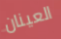
العينان